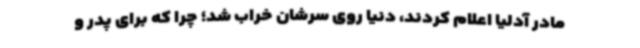
مادر آدلیا اعلام کردند، دنیا روی سرشان خراب شد؛ چرا که برای پدر و